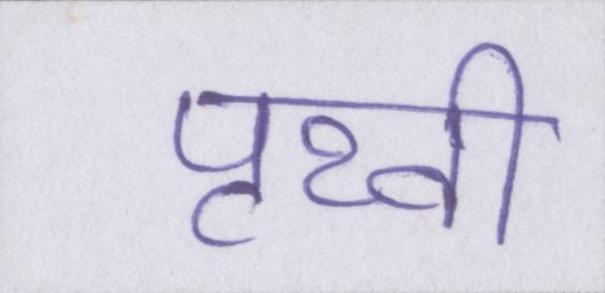
पृथ्वी